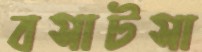
বসাটসা